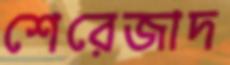
শেরেজাদ